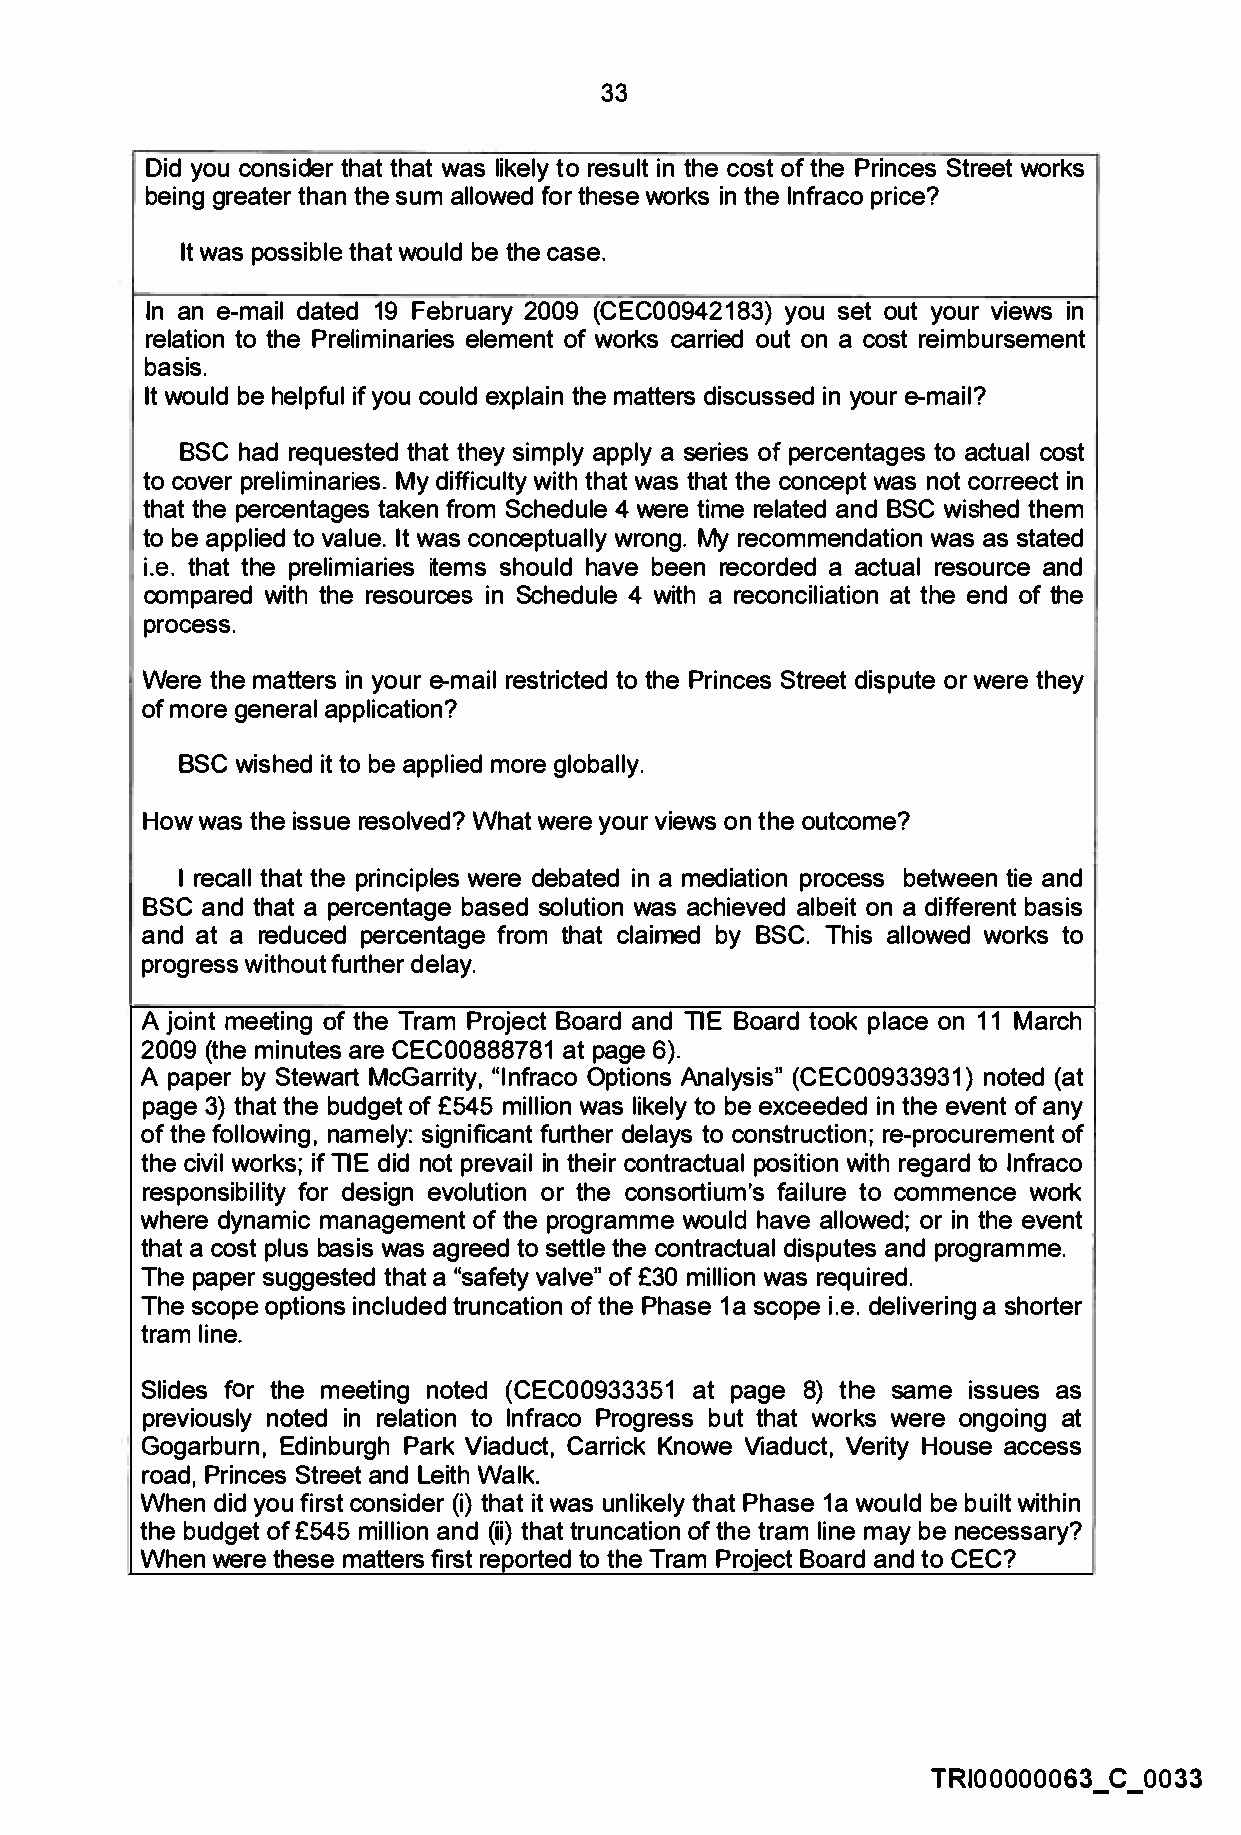
33
 Did you consider that that was likely to result in the cost of the Princes Street works
 being greater than the sum allowed for these works in the lnfraco price?
 It was possible that would be the case.
 In an e-mail dated 19 February 2009 (CEC00942183) you set out your views in
 relation to the Preliminaries element of works carried out on a cost reimbursement
 basis.
 It would be helpful if you could explain the matters discussed in your e-mail?
 BSC had requested that they simply apply a series of percentages to actual cost
 to cover preliminaries. My difficulty with that was that the concept was not correect in
 that the percentages taken from Schedule 4 were time related and BSC wished them
 to be applied to value. It was conceptually wrong. My recommendation was as stated
 i.e. that the prelimiaries items should have been recorded a actual resource and
 compared with the resources in Schedule 4 with a reconciliation at the end of the
 process.
 Were the matters in your e-mail restricted to the Princes Street dispute or were they
 of more general application?
 BSC wished it to be applied more globally.
 How was the issue resolved? What were your views on the outcome?
 I recall that the principles were debated in a mediation process between tie and
 BSC and that a percentage based solution was achieved albeit on a different basis
 and at a reduced percentage from that claimed by BSC. This allowed works to
 progress without further delay.
 A joint meeting of the Tram Project Board and TIE Board took place on 11 March
 2009 (the minutes are CEC00888781 at page 6).
 A paper by Stewart McGarrity, "lnfraco Options Analysis" (CEC00933931) noted (at
 page 3) that the budget of £545 million was likely to be exceeded in the event of any
 of the following, namely: significant further delays to construction; re-procurement of
 the civil works; if TIE did not prevail in their contractual position with regard to lnfraco
 responsibility for design evolution or the consortium's failure to commence work
 where dynamic management of the programme would have allowed; or in the event
 that a cost plus basis was agreed to settle the contractual disputes and programme.
 The paper suggested that a "safety valve" of £30 million was required.
 The scope options included truncation of the Phase 1 a scope i.e. delivering a shorter
 tram line.
 Slides for the meeting noted (CEC00933351 at page 8) the same issues as
 previously noted in relation to lnfraco Progress but that works were ongoing at
 Gogarburn, Edinburgh Park Viaduct, Carrick Knowe Viaduct, Verity House access
 road, Princes Street and Leith Walk.
 When did you first consider (i) that it was unlikely that Phase 1a would be built within
 the budget of £545 million and (ii) that truncation of the tram line may be necessary?
 When were these matters first reported to the Tram Project Board and to CEC?
 TRI00000063_ C _ 0033